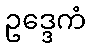
ဥဒ္ဒေကံ